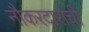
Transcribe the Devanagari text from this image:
नौकरदारांची